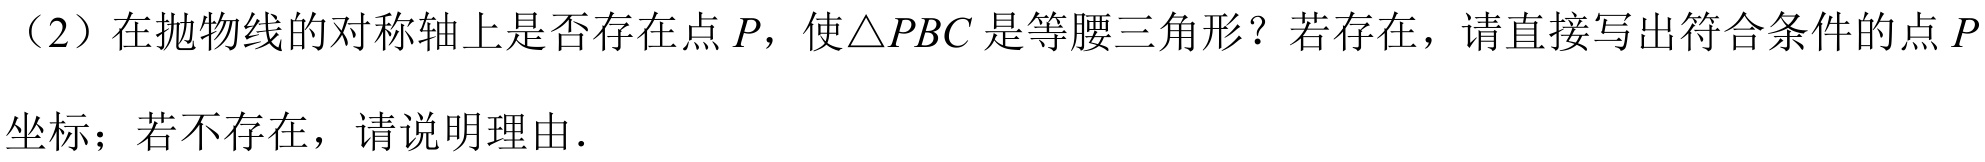
（2）在抛物线的对称轴上是否存在点\(P\)，使\(\triangle PBC\)是等腰三角形？若存在，请直接写出符合条件的点\(P\)坐标；若不存在，请说明理由．